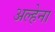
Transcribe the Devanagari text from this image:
अल्हेना